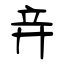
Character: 竎